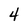
Character: 4